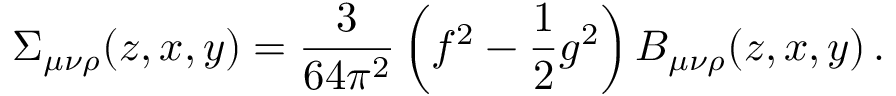
\Sigma _ { \mu \nu \rho } ( z , x , y ) = \frac { 3 } { 6 4 \pi ^ { 2 } } \left( f ^ { 2 } - \frac { 1 } { 2 } g ^ { 2 } \right) B _ { \mu \nu \rho } ( z , x , y ) \, .